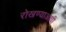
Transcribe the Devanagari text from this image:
रोखण्याआधी